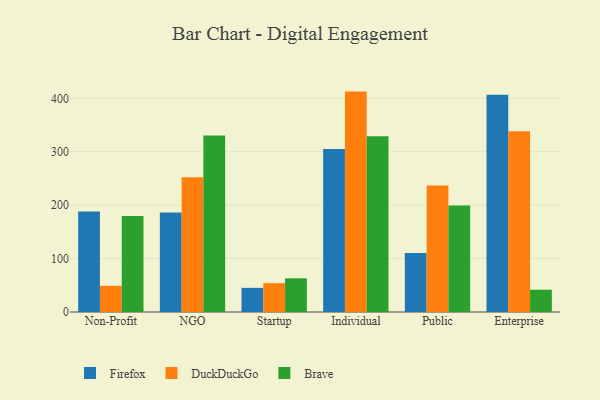
{"axis": {"x": "Segment", "y": "Humidity (%)"}, "legend": ["Brave", "DuckDuckGo", "Firefox"], "data": [{"x": "Non-Profit", "y": 188.1, "type": "Firefox"}, {"x": "Non-Profit", "y": 49.1, "type": "DuckDuckGo"}, {"x": "Non-Profit", "y": 179.8, "type": "Brave"}, {"x": "NGO", "y": 186.1, "type": "Firefox"}, {"x": "NGO", "y": 252.2, "type": "DuckDuckGo"}, {"x": "NGO", "y": 330.6, "type": "Brave"}, {"x": "Startup", "y": 45.2, "type": "Firefox"}, {"x": "Startup", "y": 54.0, "type": "DuckDuckGo"}, {"x": "Startup", "y": 63.1, "type": "Brave"}, {"x": "Individual", "y": 305.0, "type": "Firefox"}, {"x": "Individual", "y": 412.7, "type": "DuckDuckGo"}, {"x": "Individual", "y": 329.0, "type": "Brave"}, {"x": "Public", "y": 110.6, "type": "Firefox"}, {"x": "Public", "y": 237.0, "type": "DuckDuckGo"}, {"x": "Public", "y": 199.2, "type": "Brave"}, {"x": "Enterprise", "y": 407.0, "type": "Firefox"}, {"x": "Enterprise", "y": 338.5, "type": "DuckDuckGo"}, {"x": "Enterprise", "y": 41.7, "type": "Brave"}]}